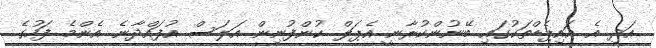
އަދި އެ އައިޕެޑްތަކުގައި ބޭނުންކުރާނީ އެޕަލް ކުންފުނިން އަލަސް އުފައްދާނެ އެންމެ ފަހުގެ